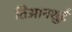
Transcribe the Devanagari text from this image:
तिआनशुई